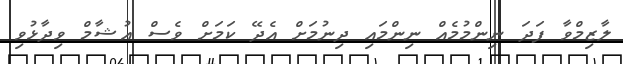
ލާޒިމްވާ ފަދަ ނިންމުމެއް ނިންމައި ދިނުމަށް އެދޭ ކަމަށް ވެސް އުޝާމް ވިދާޅުވި